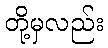
တို့မှလည်း